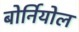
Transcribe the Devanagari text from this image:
बोर्नियोल